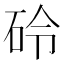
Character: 砱